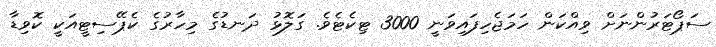
ސަޕޯޓަރުންނަށް ވިއްކަން ހަމަޖެހިފައިވަނީ 3000 ޓިކެޓެވެ. ގަލޮޅު ދަނޑުގެ މިހާރުގެ ކެޕޭސިޓީއަކީ ކޮވިޑާ